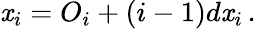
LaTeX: \mathit{x}_{i}=O_{i}+(i-1)d\mathit{x}_{i}\, .